Tezpur Lunatic Asylum reports 1877-1894 - 1877-1894
Year: 1877
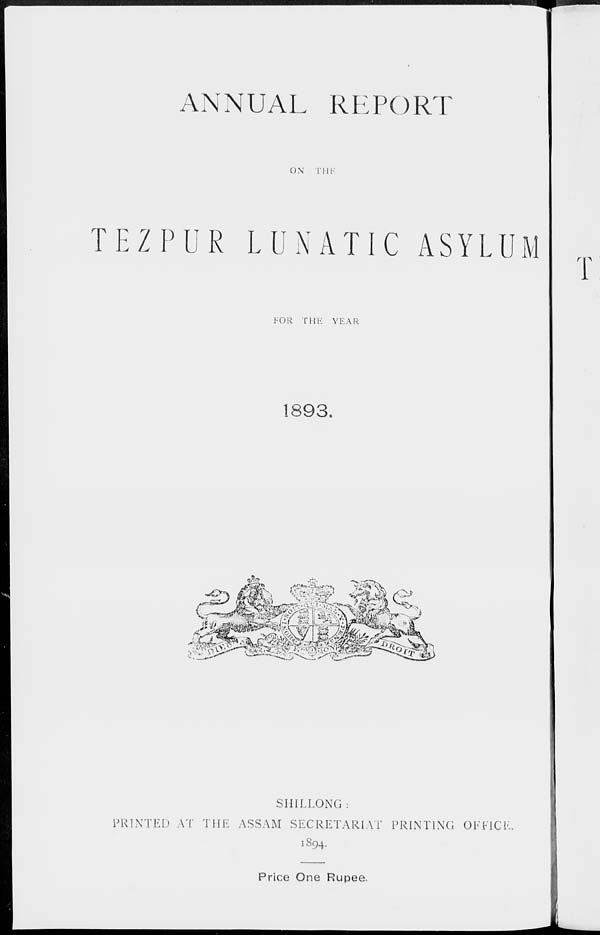
ANNUAL REPORT
ON THE
TE2PUR LUNATIC ASYLUM
T
FOR THE YEAR
1893,
SHILLONG:
PRINTED AT THE ASSAM SECRETARIAT PRINTING OFFICE.
1894.
Price One Rupee.